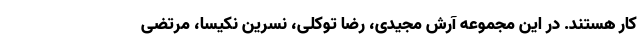
کار هستند. در این مجموعه آرش مجیدی، رضا توکلی، نسرین نکیسا، مرتضی